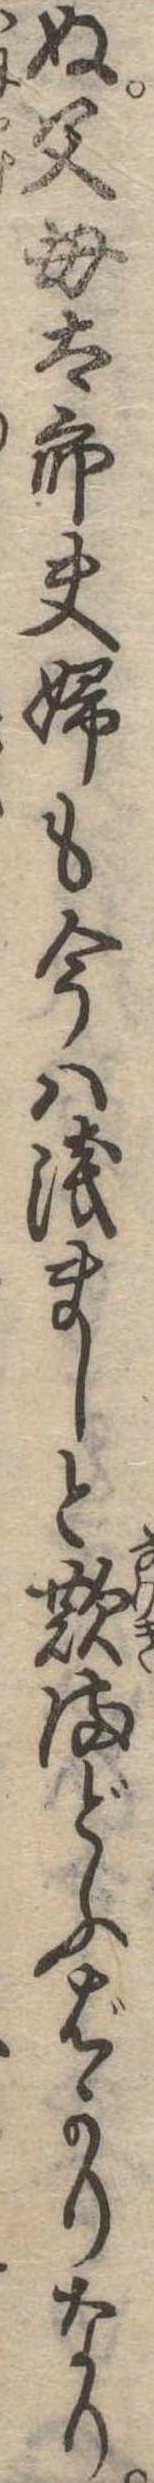
ぬ父母太郎夫婦も今は浅ましと歎まどふばかりなり